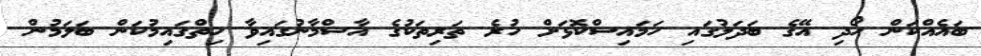
ބައެއްކަން ހޯދި އޭގެ ބަދަލުގައި ހަމައިސްކޮޅަށް ހުރެ ތަރިތަކުގެ އާސްމާނުގައިވާ ހިތްގައިމުކަން ބަލަމުން